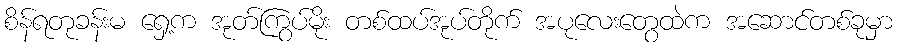
စိန်ရတုခန်းမ ရှေ့က အုတ်ကြွပ်မိုး တစ်ထပ်အုပ်တိုက် အပုလေးတွေထဲက အဆောင်တစ်ခုမှာ